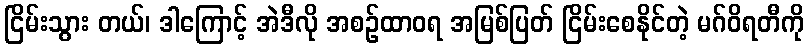
ငြိမ်းသွား တယ်၊ ဒါကြောင့် အဲဒီလို အစဉ်ထာဝရ အမြစ်ပြတ် ငြိမ်းစေနိုင်တဲ့ မဂ်ဝိရတီကို